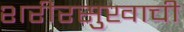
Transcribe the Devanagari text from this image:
शरीरसुखाची